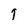
Character: T